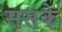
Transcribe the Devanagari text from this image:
ससके